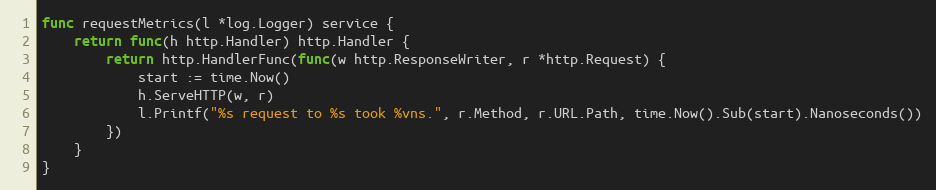
Language: Go
func requestMetrics(l *log.Logger) service {
	return func(h http.Handler) http.Handler {
		return http.HandlerFunc(func(w http.ResponseWriter, r *http.Request) {
			start := time.Now()
			h.ServeHTTP(w, r)
			l.Printf("%s request to %s took %vns.", r.Method, r.URL.Path, time.Now().Sub(start).Nanoseconds())
		})
	}
}